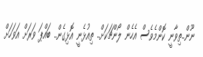
ނޫން..ތިވާނީ ކޮންމެވެސް އެހެން ލޯންޗަކަށް.. ތިއުޅެނީ އޮޅިގެން.. ބައްޕަ ވަރަށް އަވަހަށް